Lunatic asylums in Bengal annual reports 1888-1898 - 1888-1898
Year: 1888
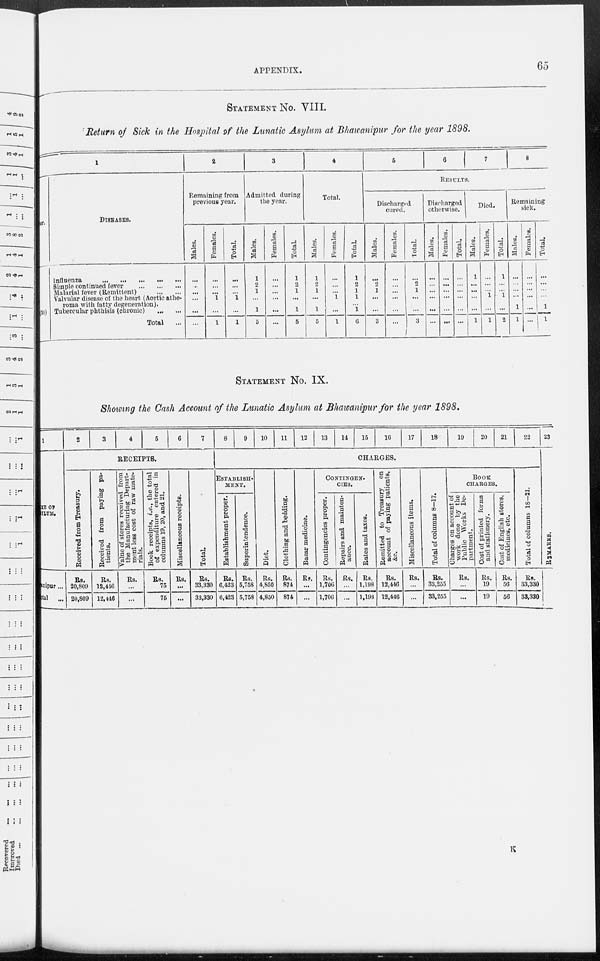
APPENDIX.
65
STATEMENT No. VIII.
Return of Sick in the Hospital of the Lunatic Asylum at Bhawanipur for the year 1898.
1
er.
30)
DISEASES.
Influenza
...
...
...
...
...
Simple continued fever ... ... ...
Malarial fever (Remittent)
...
...
Valvular disease of the heart (Aortic athe-
roma with fatty degeneration).
Tubercular phthisis (chronic) ... ...
Total ...
2
Remaining from
previous year.
Males.
...
...
...
...
...
...
Females.
...
...
...
1
...
1
Total.
...
...
...
1
...
1
3
Admitted during
the year.
Males.
1
2
1
...
1
5
Females.
...
...
...
...
...
...
Total.
1
2
1
...
1
5
4
Total.
Males.
1
2
1
...
1
5
Females.
...
...
...
1
...
1
Total.
1
2
1
1
1
6
5
6 7
8
RESULTS.
Discharged
cured.
Males.
...
2
1
...
...
3
Females.
...
...
...
...
...
...
Total.
...
2
1
...
...
3
Discharged
otherwise.
Males.
...
...
...
...
...
...
Females.
...
...
...
...
...
...
Total.
...
...
...
...
...
...
Died.
Males.
1
...
...
...
...
1
Females.
...
...
...
1
...
1
Total.
1
...
...
1
...
2
Remaining
sick.
Males.
...
...
...
...
1
1
Females.
...
...
...
...
...
...
Total.
...
...
...
...
1
1
STATEMENT No. IX.
Showing the Cash Account of the Lunatic Asylum at Bhawanipur for the year 1898.
1
NAME
OF
ASYLUM
Bhawanipur...
Total ...
2
3
4
5
6
7
RECEIPTS.
Received from Treasury.
Rs.
20,809
20,809
Received from paying pa-
tients.
Rs.
12,446
12,446
Value of stores received from
the Manufacturing Depart-
ment less cost of raw mate-
rials.
Rs.
...
...
Book receipts, i.e., the total
of expenditure entered in
columns 19, 20, and 21.
Rs.
75
75
Miscellaneous receipts.
Rs.
...
...
Total.
Rs.
33,330
33,330
8
9
10
11
12
13
14
15
16
17
18
19
20
21
22
CHARGES.
ESTABLISH-
----.
Establishment proper.
Rs.
6,423
6,423
Superintendence.
Rs.
5,758
5,758
Diet.
Rs.
4,850
4,850
Clothing and bedding.
Rs.
874
874
Bazar medicine.
Rs.
...
...
CONTINGENT
CIES.
Contingencies proper.
Rs.
1,706
1,706
Repairs and mainten-
ance.
Rs.
...
...
Rates and taxes.
Rs.
1,198
1,198
Remitted to Treasury on
account of paying patients,
&c.
Rs.
12,446
12,446
Miscellaneous items.
Rs.
...
...
Total of columns 8—17.
Rs.
33,255
33,255
BOOK
CHARGES.
Charges on account of
work done by the
Public Works De-
partment.
Rs.
...
...
Cost of printed forms
and stationery.
Rs.
19
19
Cost of English stores,
medicines, etc.
Rs.
56
56
Total of columns 18—21.
Rs.
33,330
33,330
23
REMARKS.
K